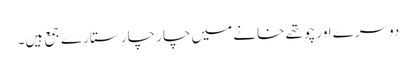
دوسرے اور چوتھے خانے میں چار چار ستارے جمع ہیں۔